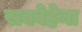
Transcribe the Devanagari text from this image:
सक्वेहेना